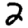
Digit: 2